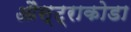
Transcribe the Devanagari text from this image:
औस्ट्राकोडा